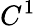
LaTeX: C^{1}